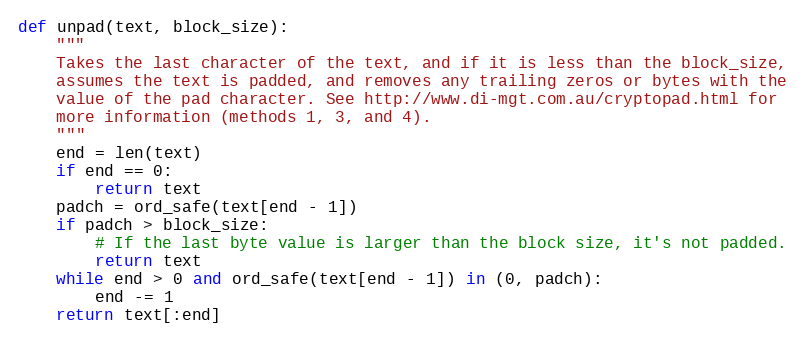
Language: Python
def unpad(text, block_size):
    """
    Takes the last character of the text, and if it is less than the block_size,
    assumes the text is padded, and removes any trailing zeros or bytes with the
    value of the pad character. See http://www.di-mgt.com.au/cryptopad.html for
    more information (methods 1, 3, and 4).
    """
    end = len(text)
    if end == 0:
        return text
    padch = ord_safe(text[end - 1])
    if padch > block_size:
        # If the last byte value is larger than the block size, it's not padded.
        return text
    while end > 0 and ord_safe(text[end - 1]) in (0, padch):
        end -= 1
    return text[:end]